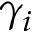
\gamma _ { i }